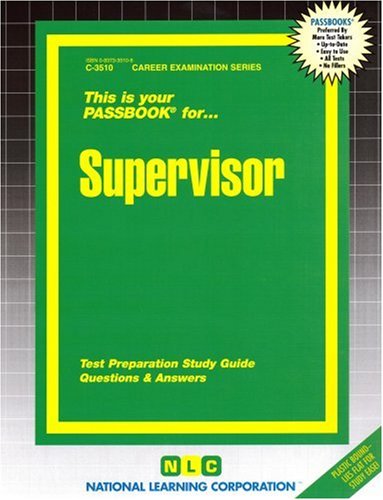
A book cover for Supervisor(Passbooks) (Career Examination Passbooks); Jack Rudman; Test Preparation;